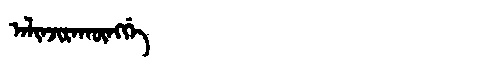
Manchu: ᠠᠯᡳᠨᠵᡳᡵᠠᡴᡡᠩᡤᡝ
Romanization: ALINJIRAKŪNGGE